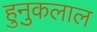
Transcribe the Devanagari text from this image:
हुनुकलाल